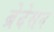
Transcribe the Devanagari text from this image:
ब्रेदेसन